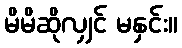
မိမိဆိုလျှင် မနှင်း။